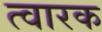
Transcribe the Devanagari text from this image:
त्वारक